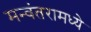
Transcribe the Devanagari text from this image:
मन्वंतरामध्ये